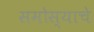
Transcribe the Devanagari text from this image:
समोस्याचे